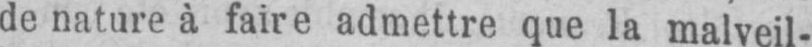
de nature à faire admettre que la malveil-